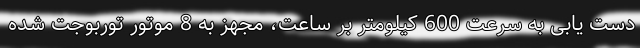
دست یابی به سرعت 600 کیلومتر بر ساعت، مجهز به 8 موتور توربوجت شده